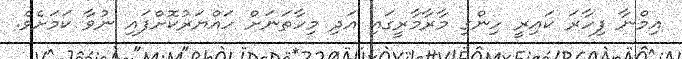
އިމްނާ ފިހާރަ ކައިރީ ހިންގި މާރާމާރީގައި އަދި މިހާތަނަށް ހައްޔަރުކޮށްފައި ނުވާ ކަމަށެވެ.